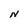
Character: N